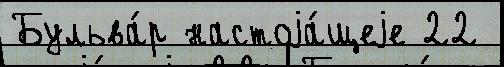
Бульва́р настоjа́щеjе 22